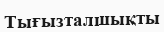
Тығызталшықты